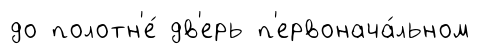
до полотн'е́ дв'ерь п'ервонача́льном